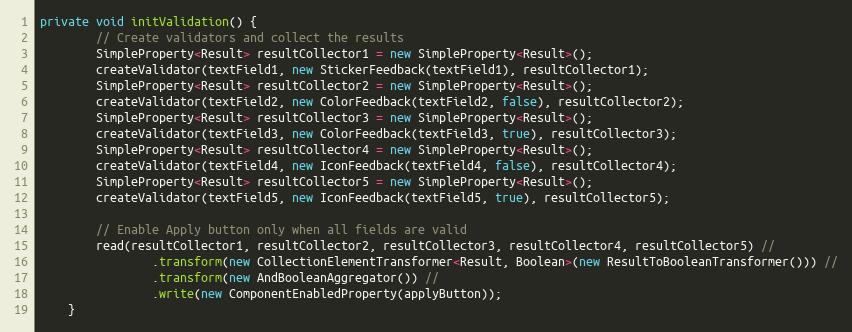
Language: Java
private void initValidation() {
        // Create validators and collect the results
        SimpleProperty<Result> resultCollector1 = new SimpleProperty<Result>();
        createValidator(textField1, new StickerFeedback(textField1), resultCollector1);
        SimpleProperty<Result> resultCollector2 = new SimpleProperty<Result>();
        createValidator(textField2, new ColorFeedback(textField2, false), resultCollector2);
        SimpleProperty<Result> resultCollector3 = new SimpleProperty<Result>();
        createValidator(textField3, new ColorFeedback(textField3, true), resultCollector3);
        SimpleProperty<Result> resultCollector4 = new SimpleProperty<Result>();
        createValidator(textField4, new IconFeedback(textField4, false), resultCollector4);
        SimpleProperty<Result> resultCollector5 = new SimpleProperty<Result>();
        createValidator(textField5, new IconFeedback(textField5, true), resultCollector5);

        // Enable Apply button only when all fields are valid
        read(resultCollector1, resultCollector2, resultCollector3, resultCollector4, resultCollector5) //
                .transform(new CollectionElementTransformer<Result, Boolean>(new ResultToBooleanTransformer())) //
                .transform(new AndBooleanAggregator()) //
                .write(new ComponentEnabledProperty(applyButton));
    }